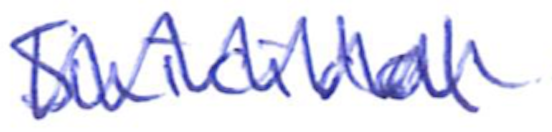
Text: Suicidal
Cross-out: zig-zag
Writing tool: ballpoint